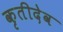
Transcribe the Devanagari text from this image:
कृतीदेव